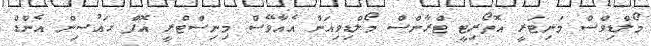
މޯލްޑިވްސް މަނިޓަރީ އޮތޯރިޓީ ޓްރާންސް މޯލްޑިވިއަން އެއާވޭސް މިނިސްޓްރީ އޮފް ހައުސިން އެންޑް